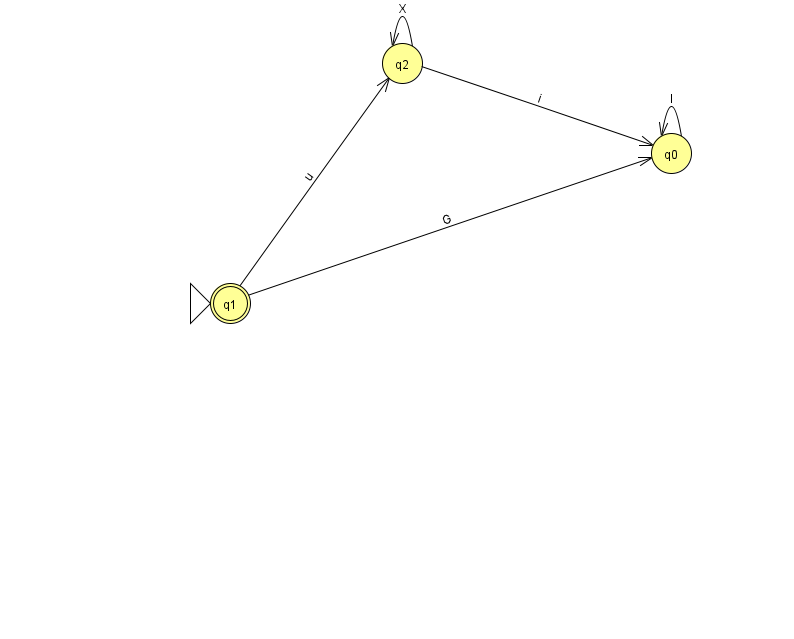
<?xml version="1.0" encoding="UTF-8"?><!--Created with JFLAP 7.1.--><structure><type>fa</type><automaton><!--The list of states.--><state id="0" name="q0"><x>671.0</x><y>140.0</y></state><state id="1" name="q1"><x>230.0</x><y>290.0</y><initial/><final/></state><state id="2" name="q2"><x>402.0</x><y>50.0</y></state><!--The list of transitions.--><transition><from>1</from><to>0</to><read>G</read></transition><transition><from>2</from><to>0</to><read>i</read></transition><transition><from>2</from><to>2</to><read>X</read></transition><transition><from>1</from><to>2</to><read>u</read></transition><transition><from>0</from><to>0</to><read>l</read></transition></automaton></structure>